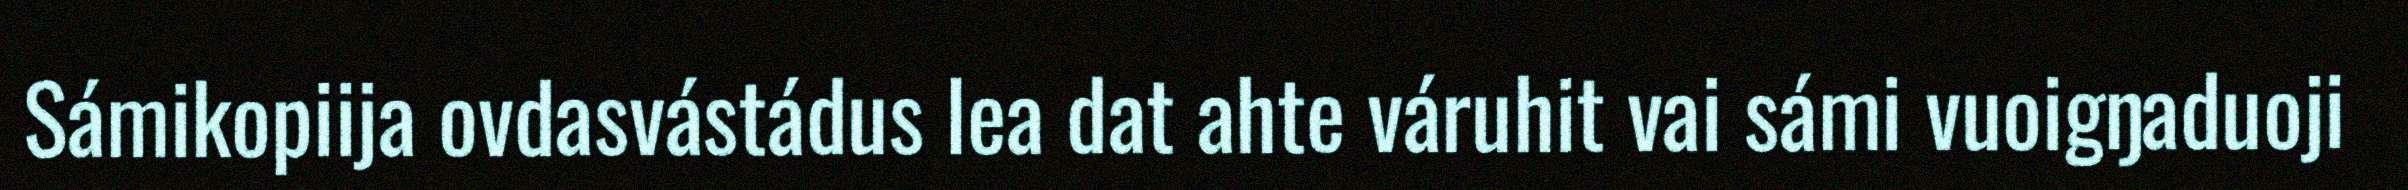
Sámikopiija ovdasvástádus lea dat ahte váruhit vai sámi vuoigŋaduoji